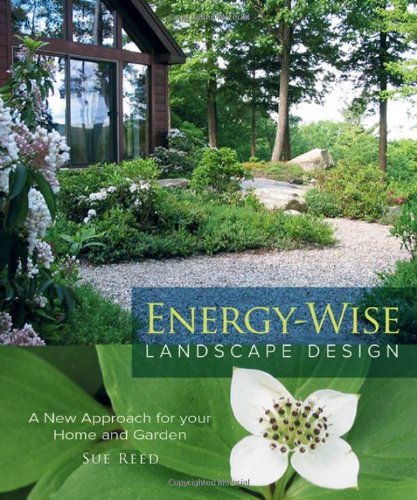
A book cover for Energy-Wise Landscape Design: A New Approach for Your Home and Garden; Sue Reed; Crafts, Hobbies & Home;